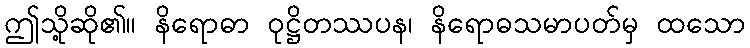
ဤသို့ဆို၏။ နိရောဓာ ဝုဋ္ဌိတဿပန၊ နိရောဓသမာပတ်မှ ထသော